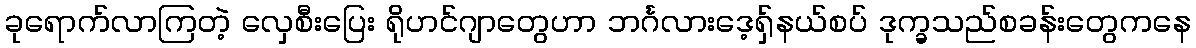
ခုရောက်လာကြတဲ့ လှေစီးပြေး ရိုဟင်ဂျာတွေဟာ ဘင်္ဂလားဒေ့ရှ်နယ်စပ် ဒုက္ခသည်စခန်းတွေကနေ